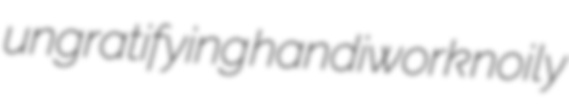
ungratifying handiwork noily